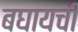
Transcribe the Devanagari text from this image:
बघायची